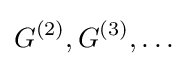
G^{(2)},G^{(3)},\ldots